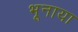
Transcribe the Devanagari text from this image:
भूनाया